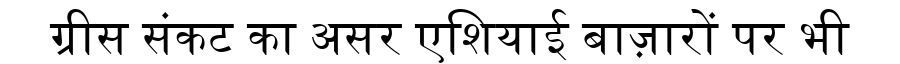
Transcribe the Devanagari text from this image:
ग्रीस संकट का असर एशियाई बाज़ारों पर भी